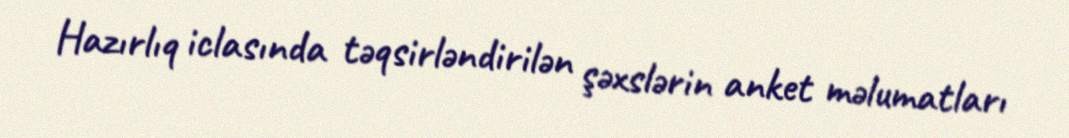
Hazırlıq iclasında təqsirləndirilən şəxslərin anket məlumatları